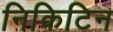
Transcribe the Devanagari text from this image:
निकिटिन